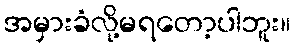
အမှားခံလို့မရတော့ပါဘူး။